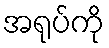
အရုပ်ကို